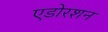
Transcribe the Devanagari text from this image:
एडोरशन